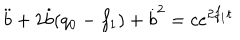
\ddot { b } + 2 \dot { b } ( q _ { 0 } - f _ { 1 } ) + \dot { b } ^ { 2 } = c e ^ { 2 f _ { 1 } t }